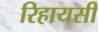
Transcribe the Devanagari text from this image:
रिहायसी